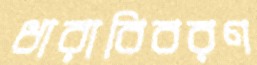
ধারাবিবরণ